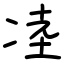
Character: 㓐